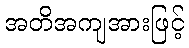
အတိအကျအားဖြင့်